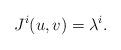
LaTeX: \begin{align*}J^i(u, v) = \lambda^i.\end{align*}